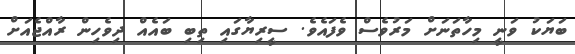
ބަޔަކު ވަނީ މިހާތަނަށް މަރުވެސް ވެފައެވެ. ސީރިޔާގައި ތިބި ބައެއް ދިވެހިން ރާއްޖެއަށް